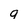
Character: q